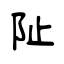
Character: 阯